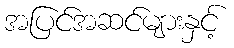
အပြင်အဆင်များနှင့်